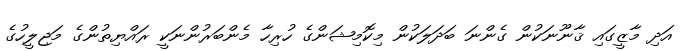
އަދި މާޒީގައި ޤާނޫނަކުން ގެންނަ ބަދަލަކުން މިކޮމިޝަންގެ ހުރިހާ މެންބަރުންނަކީ ރައްޔިތުންގެ މަޖިލީހުގެ